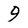
Character: 9